Scottish Leaving Certificate Examination, 1958
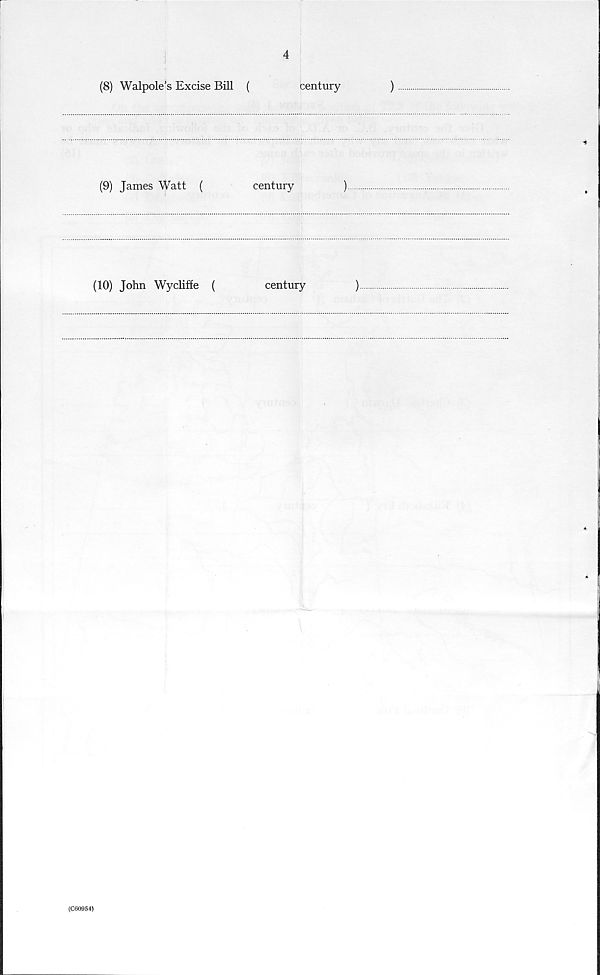
4
(8) Walpole’s Excise Bill (
century
)
(9) James Watt (
century
)
(10) John Wycliffe (
century
)
(C60954)